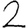
Digit: 2